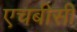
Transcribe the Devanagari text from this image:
एचबीसी